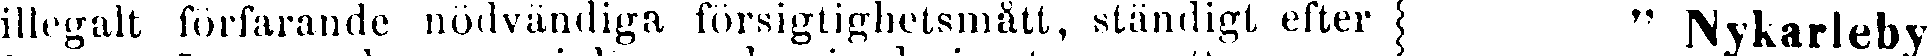
illegalt förfarande nödvändiga försigtighetsmätt, ständigt efter " Nykarleby